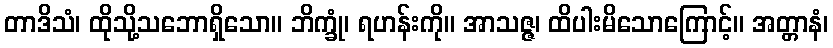
တာဒိသံ၊ ထိုသို့သဘောရှိသော။ ဘိက္ခုံ၊ ရဟန်းကို။ အာသဇ္ဇ၊ ထိပါးမိသောကြောင့်။ အတ္တာနံ၊